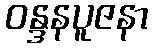
ဝန္ဒနပူဇနာ